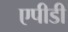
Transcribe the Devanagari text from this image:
एपीडी